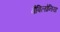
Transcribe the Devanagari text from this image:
वैबिलोनिया